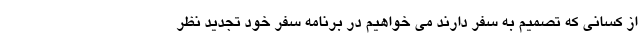
از کسانی که تصمیم به سفر دارند می خواهیم در برنامه سفر خود تجدید نظر